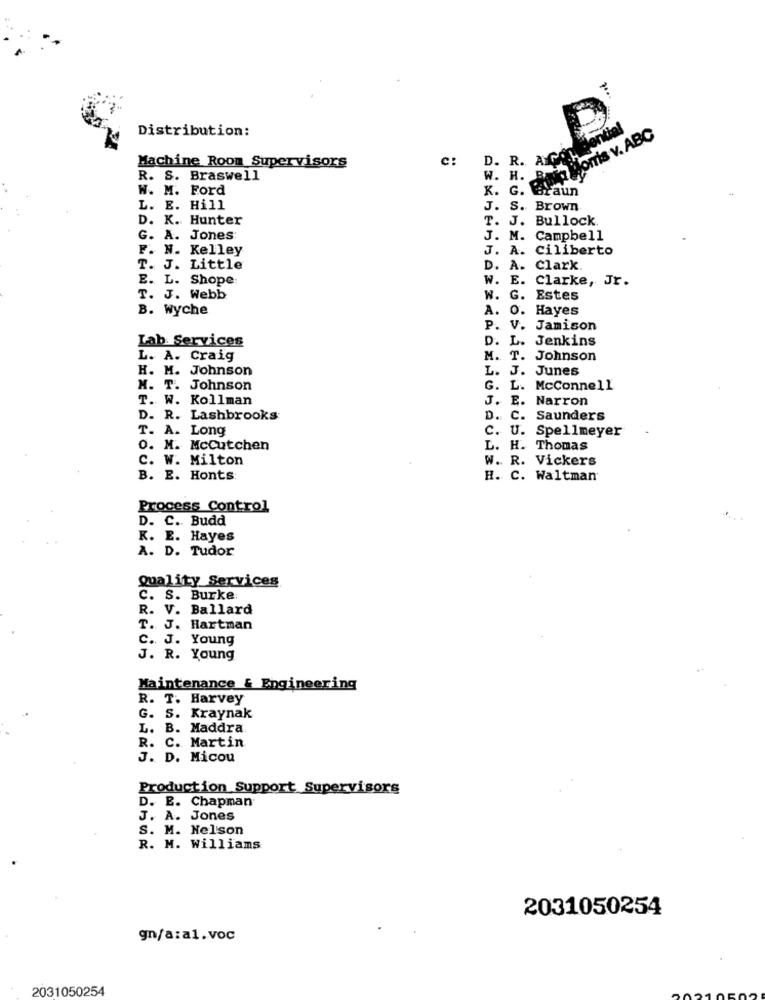
Distribution:
NO iJoITis v. ABC
dential
Machine Room Supervisors
c:
D. R. ACO.H
R. S. Braswell
W. H. B
W. M. Ford
K. G. Braun
L. E. Hill
J. S. Brown
D. K. Hunter
T. J. Bullock
G. A. Jones
J. M. Campbell
F. N. Kelley
J. A. Ciliberto
T. J. Little
D. A. Clark.
E. L. Shope:
W. E. Clarke, Jr.
T. J. Webb
W. G. Estes
B. Wyche
A. O. Hayes
P. V. Jamison
Lab Services
D. L. Jenkins
L. A. Craig
M. T. Johnson
H. M. Johnson
L. J. Junes
M. T. Johnson
G. L. McConnell
T. W. Kollman
J. E. Narron
D. R. Lashbrooks
D. C. Saunders
T. A. Long
C. U. Spellmeyer
0. M. Mccutchen
L. H. Thomas
C. W. Milton
W. R. Vickers
B. E. Honts
H. C. Waltman
Process Control
D. C. Budd
*
K. E. Hayes
A. D. Tudor
Quality Services
C. S. Burke:
R. V. Ballard
T. J. Hartman
c. J. Young
J. R. Young
Maintenance & Engineering
R. T. Harvey
G. S. Kraynak
L. B. Maddra
R. C. Martin.
J. D. Micou
Production Support Supervisors
D. E. Chapman
J. A. Jones
S. M. Nelson
R. M. Williams
2031050254
gn/a:al.voc
2031050254